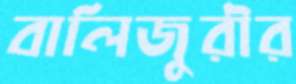
বালিজুরীর